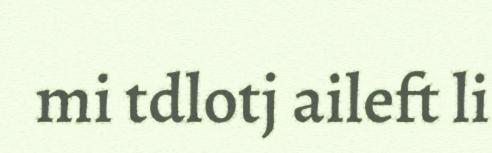
mi tdlotj aileft li